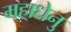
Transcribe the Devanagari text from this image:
महाधेनु